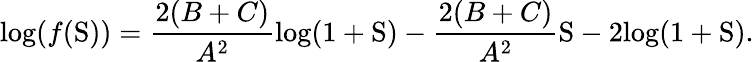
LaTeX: \mathrm{log}(f(\mathrm{S}))=\frac{2(B+C)}{A^{2}}\mathrm{log}(1+\mathrm{S})-\frac{2(B+C)}{A^{2}}\mathrm{S}-2\mathrm{log}(1+\mathrm{S}).